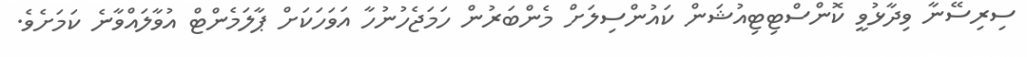
ސިރިސޭނާ ވިދާޅުވީ ކޮންސްޓިޓިއުޝަން ކައުންސިލަށް މެންބަރުން ހަމަޖެހުނުހާ އަވަަހަކަށް ޕާލަމެންޓް އުވާލައްވާނެ ކަމަށެވެ.